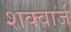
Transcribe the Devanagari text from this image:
शक्वार्ज